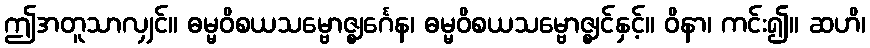
ဤအတူသာလျှင်။ ဓမ္မဝိစယသမ္ဗောဇ္ဈင်္ဂေန၊ ဓမ္မဝိစယသမ္ဗောဇ္ဈင်နှင့်။ ဝိနာ၊ ကင်း၍။ ဆဟိ၊